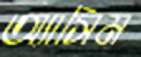
অ্যাসিম